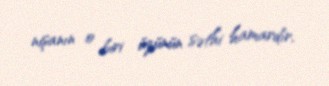
nişanın o biri üzünün səthi hamardır.